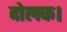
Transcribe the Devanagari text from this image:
दोलक।